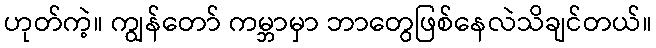
ဟုတ်ကဲ့။ ကျွန်တော် ကမ္ဘာမှာ ဘာတွေဖြစ်နေလဲသိချင်တယ်။